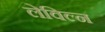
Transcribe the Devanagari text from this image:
लेविल्न